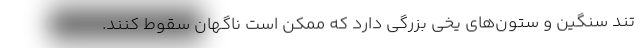
تند سنگین و ستون‌های یخی بزرگی دارد که ممکن است ناگهان سقوط کنند.